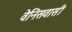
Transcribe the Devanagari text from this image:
वेनिसवासी